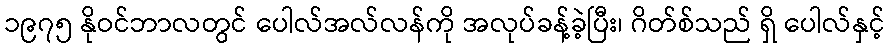
၁၉၇၅ နိုဝင်ဘာလတွင် ပေါလ်အလ်လန်ကို အလုပ်ခန့်ခဲ့ပြီး၊ ဂိတ်စ်သည် ရှိ ပေါလ်နှင့်